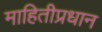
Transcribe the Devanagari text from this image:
माहितीप्रधान